Report on horse surra - Volume I
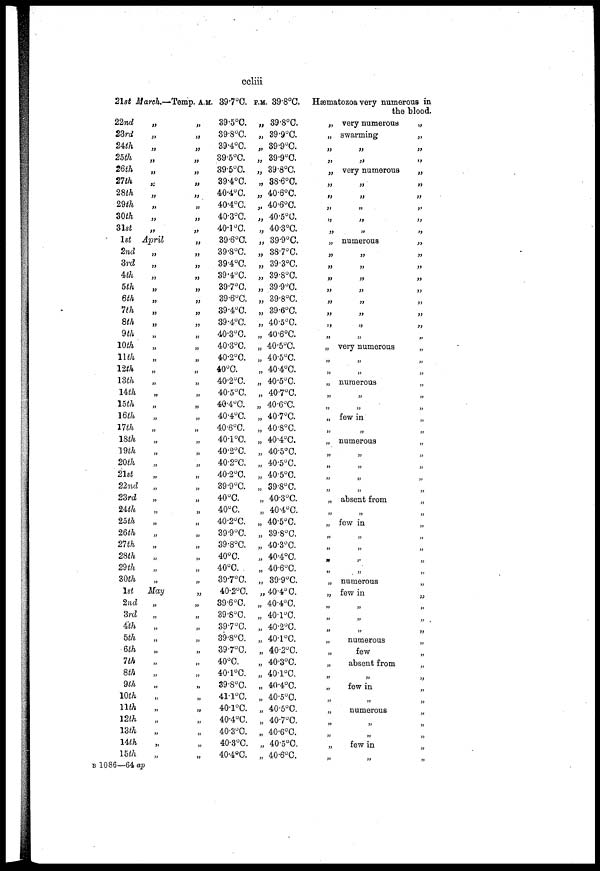
ccliii
21st March.—
22nd
23rd
24th
25th
26th
27th
28th
29th
30th
31st
1st
2nd
3rd
4th
5th
6th
7th
8th
9th
10th
11th
12th
13th
14th
15th
16th
17th
18th
19th
20th
21st
22nd
23rd
24th
25th
26th
27th
28th
29th
30th
1st
2nd
3rd
4th
5th
6th
7th
8th
9th
10th
11th
12th
13th
14th
15th
„
„
„
„
„
„
„
„
„
„
April
„
„
„
„
„
„
„
„
„
„
„
„
„
„
„
„
„
„
„
„
„
„
„
„
„
„
„
„
„
May
„
„
„
„
„
„
„
„
„
„
„
„
„
„
Temp. A.M.
„
„
„
„
„
„
„
„
„
„
„
„
„
„
„
„
„
„
„
„
„
„
„
„
„
„
„
„
„
„
„
„
„
„
„
„
„
„
„
„
„
„
„
„
„
„
„
„
„
„
„
„
„
„
„
39.7°C.
39.5°C.
39.8°C.
39.4°C.
39.5°C.
39.5°C,
39.4°C.
40.4°C.
40.4°C.
40.3°C.
40.1 °C.
39.6°C.
39.8°C.
39.4°C.
39.4°C.
39.7°C.
39.6°C.
39.4°C.
39.4°C.
40.3°C.
40.3°C.
40.2°C.
40°C.
40.2°C.
40.5°C.
40.4°C.
40.4°C.
40.6°C.
40.1°C.
40.2°C.
40.2°C.
40.2°C.
39.9°C.
40°C.
40°C.
40.2°C.
39.9°C.
39.8°C.
40°C.
40°C.
39.7°C.
40.2°C.
39.6°C.
39.8°C.
39.7°C.
39.8°C.
39.7°C.
40°C.
40.1°C.
39.8°C.
41.1°C.
40.1°C.
40.4°C.
40.3°C.
40.3°C.
40.4°C.
P.M. 39.8°C.
„ 39.8°C.
„ 39.9°C.
„ 39.9°C.
„ 39.9°C.
„ 39.8°C.
„ 38.6°C.
„ 40.6°C.
„ 40.6°C.
„ 40.5°C.
„ 40.3°C.
„ 39.9°C.
„ 38.7°C.
„ 39.3°C.
„ 39.8°C.
„ 39.9°C.
„ 39.8°C.
„ 39.6°C.
„ 40.5°C.
„ 40.6°C.
„ 40.5°C.
„ 40.5°C.
„ 40.4°C.
„ 40.5°C.
„ 40.7°C.
„ 40.6°C.
„ 40.7°C.
„ 40.8°C.
„ 40.4°C.
„ 40.5°C.
„ 40.5°C.
„ 40.5°C.
„ 39.8°C.
„ 40.3°C.
„ 40.4°C.
„ 40.5°C.
„ 39.8°C.
„ 40.3°C.
„ 40.4°C.
„ 40.6°C.
„ 39.9°C.
„ 40.4° C.
„ 40.4°C.
„ 40.1°C.
„ 40.2°C.
„ 40.1°C.
„ 40.2°C.
„ 40.3°C.
„ 40.1°C.
„ 40.4°C.
„ 40.5°C.
„ 40.5°C.
„ 40.7°C.
„ 40.6°C.
„ 40.5°C.
„ 40.6°C.
Hæmatozoa very numerous in
„
„
„
„
„
„
„
„
„
„
„
„
„
„
„
„
„
„
„
„
„
„
„
„
„
„
„
„
„
„
„
„
„
„
„
„
„
„
„
„
„
„
„
„
„
„
„
„
„
„
„
„
„
„
„
the blood.
very numerous
swarming
„
„
very numerous
„
„
„
„
„
numerous
„
„
„
„
„
„
„
„
very numerous
„
„
numerous
„
„
few in
„
numerous
„
„
„
„
absent from
„
few in
„
„
„
„
numerous
few in
„
„
„
numerous
few
absent from
„
few in
„
numerous
„
„
few in
„
„
„
„
„
„
„
„
„
„
„
„
„
„
„
„
„
„
„
„
„
„
„
„
„
„
„
„
„
„
„
„
„
„
„
„
„
„
„
„
„
„
„
„
„
„
„
„
„
„
„
„
„
„
„
„
B 1086—64 ap